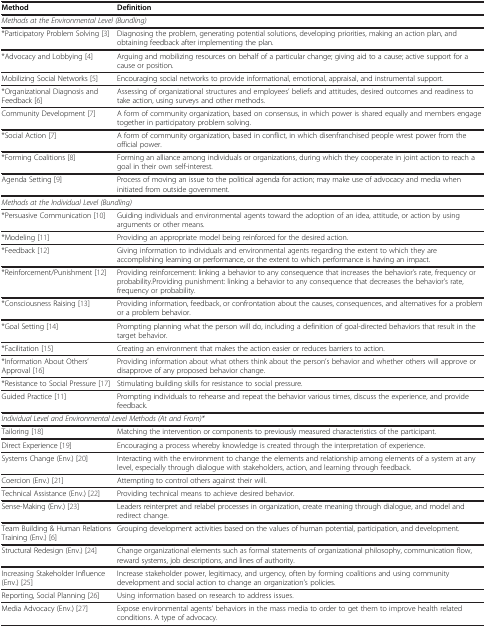
<table><thead><tr><td><b>Method</b></td><td><b>Definition</b></td></tr></thead><tbody><tr><td colspan="2"><i>Methods at the Environmental Level (Bundling)</i></td></tr><tr><td>*Participatory Problem Solving[3]</td><td>Diagnosing the problem, generating potential solutions, developing priorities, making an action plan, and obtaining feedback after implementing the plan.</td></tr><tr><td>*Advocacy and Lobbying[4]</td><td>Arguing and mobilizing resources on behalf of a particular change; giving aid to a cause; active support for a cause or position.</td></tr><tr><td>Mobilizing Social Networks[5]</td><td>Encouraging social networks to provide informational, emotional, appraisal, and instrumental support.</td></tr><tr><td>*Organizational Diagnosis and Feedback[6]</td><td>Assessing of organizational structures and employees’ beliefs and attitudes, desired outcomes and readiness to take action, using surveys and other methods.</td></tr><tr><td>Community Development[7]</td><td>A form of community organization, based on consensus, in which power is shared equally and members engage together in participatory problem solving.</td></tr><tr><td>*Social Action[7]</td><td>A form of community organization, based in conflict, in which disenfranchised people wrest power from the official power.</td></tr><tr><td>*Forming Coalitions[8]</td><td>Forming an alliance among individuals or organizations, during which they cooperate in joint action to reach a goal in their own self-interest.</td></tr><tr><td>Agenda Setting[9]</td><td>Process of moving an issue to the political agenda for action; may make use of advocacy and media when initiated from outside government.</td></tr><tr><td colspan="2"><i>Methods at the Individual Level (Bundling)</i></td></tr><tr><td>*Persuasive Communication[10]</td><td>Guiding individuals and environmental agents toward the adoption of an idea, attitude, or action by using arguments or other means.</td></tr><tr><td>*Modeling[11]</td><td>Providing an appropriate model being reinforced for the desired action.</td></tr><tr><td>*Feedback[12]</td><td>Giving information to individuals and environmental agents regarding the extent to which they are accomplishing learning or performance, or the extent to which performance is having an impact.</td></tr><tr><td>*Reinforcement/Punishment[12]</td><td>Providing reinforcement: linking a behavior to any consequence that increases the behavior’s rate, frequency or probability.Providing punishment: linking a behavior to any consequence that decreases the behavior’s rate, frequency or probability.</td></tr><tr><td>*Consciousness Raising[13]</td><td>Providing information, feedback, or confrontation about the causes, consequences, and alternatives for a problem or a problem behavior.</td></tr><tr><td>*Goal Setting[14]</td><td>Prompting planning what the person will do, including a definition of goal-directed behaviors that result in the target behavior.</td></tr><tr><td>*Facilitation[15]</td><td>Creating an environment that makes the action easier or reduces barriers to action.</td></tr><tr><td>*Information About Others’ Approval[16]</td><td>Providing information about what others think about the person’s behavior and whether others will approve or disapprove of any proposed behavior change.</td></tr><tr><td>*Resistance to Social Pressure[17]</td><td>Stimulating building skills for resistance to social pressure.</td></tr><tr><td>Guided Practice[11]</td><td>Prompting individuals to rehearse and repeat the behavior various times, discuss the experience, and provide feedback.</td></tr><tr><td colspan="2"><i>Individual Level and Environmental Level Methods (At and From)*</i></td></tr><tr><td>Tailoring[18]</td><td>Matching the intervention or components to previously measured characteristics of the participant.</td></tr><tr><td>Direct Experience[19]</td><td>Encouraging a process whereby knowledge is created through the interpretation of experience.</td></tr><tr><td>Systems Change (Env.)[20]</td><td>Interacting with the environment to change the elements and relationship among elements of a system at any level, especially through dialogue with stakeholders, action, and learning through feedback.</td></tr><tr><td>Coercion (Env.)[21]</td><td>Attempting to control others against their will.</td></tr><tr><td>Technical Assistance (Env.)[22]</td><td>Providing technical means to achieve desired behavior.</td></tr><tr><td>Sense-Making (Env.)[23]</td><td>Leaders reinterpret and relabel processes in organization, create meaning through dialogue, and model and redirect change.</td></tr><tr><td>Team Building &amp; Human Relations Training (Env.)[6]</td><td>Grouping development activities based on the values of human potential, participation, and development.</td></tr><tr><td>Structural Redesign (Env.)[24]</td><td>Change organizational elements such as formal statements of organizational philosophy, communication flow, reward systems, job descriptions, and lines of authority.</td></tr><tr><td>Increasing Stakeholder Influence (Env.)[25]</td><td>Increase stakeholder power, legitimacy, and urgency, often by forming coalitions and using community development and social action to change an organization’s policies.</td></tr><tr><td>Reporting, Social Planning[26]</td><td>Using information based on research to address issues.</td></tr><tr><td>Media Advocacy (Env.)[27]</td><td>Expose environmental agents’ behaviors in the mass media to order to get them to improve health related conditions. A type of advocacy.</td></tr></tbody></table>